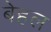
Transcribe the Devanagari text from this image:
बेहल